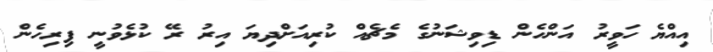
އިއްޔެ ހަވީރު އަންހެން ޑިވިޝަނުގެ މެޗެއް ކުރިއަށްދިޔަ އިރު ރޭ ކުޅެވުނީ ފިރިހެން